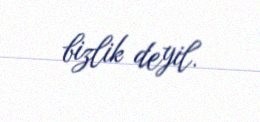
bizlik deyil.